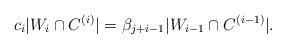
LaTeX: \begin{align*}{c_{i}}|W_i \cap C^{(i)}| ={\beta_{j+i-1}}|W_{i-1} \cap C^{(i-1)}|.\end{align*}